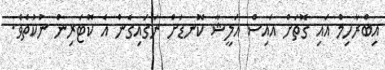
އިބްރާހިމް އައި ގޮތަށް އައިސްް އަލީޝާ ކޮނޑަށް ނަގައިގެން އެ ކޮޓަރިން ނުކުތެވެ.